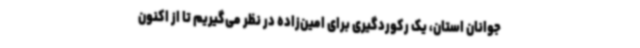
جوانان استان، یک رکوردگیری برای امین‌زاده در نظر می‌گیریم تا از اکنون